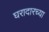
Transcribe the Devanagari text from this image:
घरादारच्या